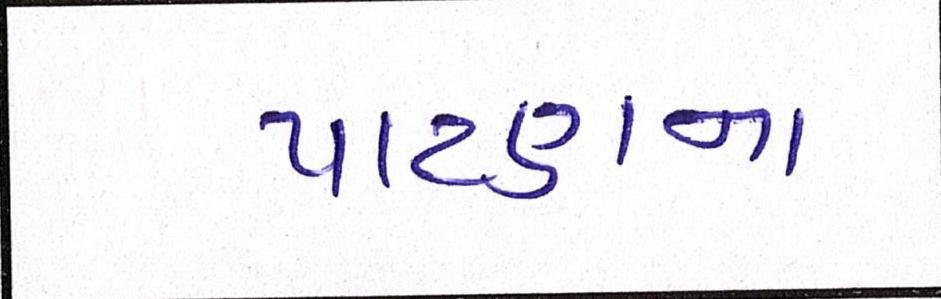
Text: પાટણના